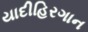
યાદીહિરગાન